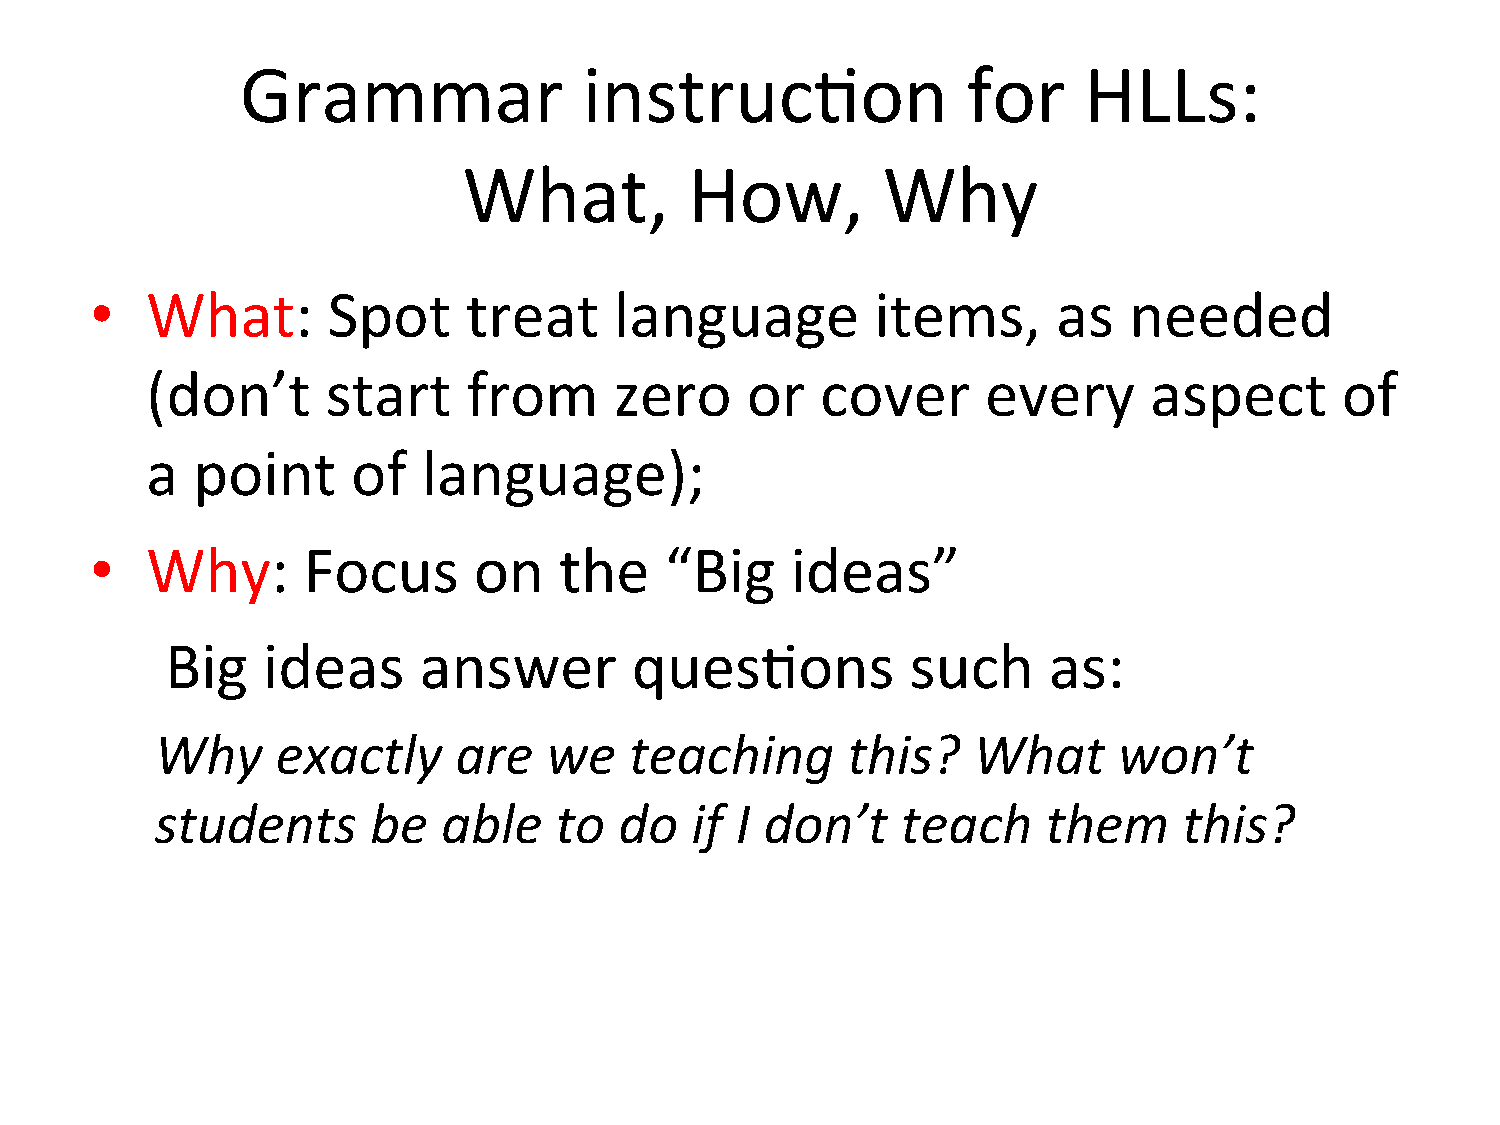
Grammar                instruc=on               for     HLLs:
 What,          How,        Why
 •   What:       Spot     treat     language         items,      as   needed
 (don’t      start    from      zero    or   cover      every      aspect       of
 a  point     of   language);
 •   Why:      Focus      on    the    “Big    ideas”
 Big   ideas      answer        ques=ons          such     as:
 Why     exactly     are   we    teaching      this?   What      won’t
 students       be  able    to  do   if I don’t    teach    them     this?